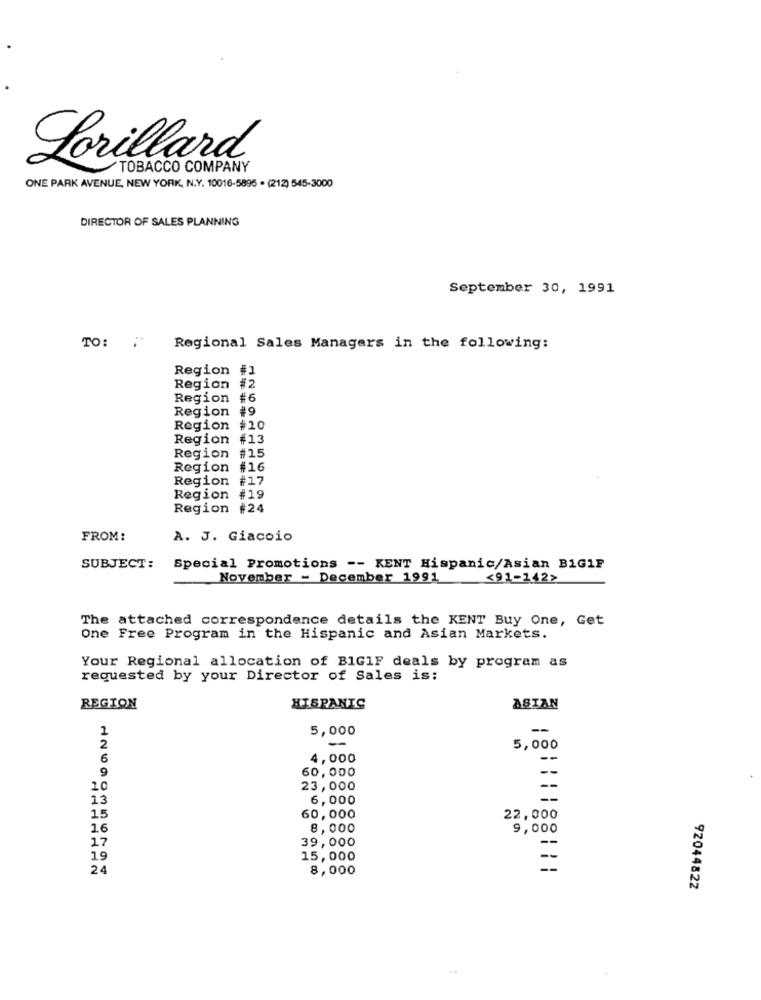
Lorillard
TOBACCO COMPANY
ONE PARK AVENUE, NEW YORK, N.Y. 10016-5895 . (212) 545-3000
DIRECTOR OF SALES PLANNING
September 30, 1991
TO:
Regional Sales Managers in the following:
Region #1
Region #2
Region #6
Region #9
Region #10
Region #13
Region #15
Region #16
Region #17
Region #19
Region #24
FROM:
A. J. Giacoio
SUBJECT:
Special Promotions -- KENT Hispanic/Asian BIG1F
November - December 1991
<91-1422
The attached correspondence details the KENT Buy One, Get
One Free Program in the Hispanic and Asian Markets.
Your Regional allocation of BIGIF deals by program as
requested by your Director of Sales is:
REGION
HISPANIC
ASIAN
5,000
--
1
-
2
5,000
6
4,000
--
60,000
9
10
23,000
13
6,000
-
15
60,000
22,000
16
8,000
9,000
17
39,000
19
15,000
--
24
8,000
92044822